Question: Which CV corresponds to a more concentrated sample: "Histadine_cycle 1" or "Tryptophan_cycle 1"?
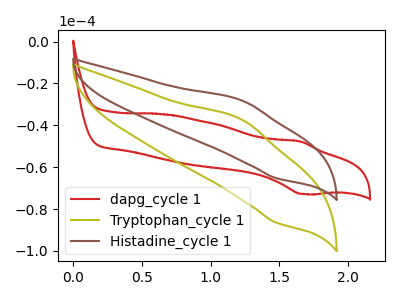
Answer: <think>The red curve "dapg_cycle 1" has an anodic peak at (1.65V, -47.65uA) and a cathodic peak at (1.65V, -72.80uA). The olive curve "Tryptophan_cycle 1" has an anodic peak at (1.25V, -37.40uA) and a cathodic peak at (1.50V, -86.45uA). The brown curve "Histadine_cycle 1" has an anodic peak at (1.25V, -28.20uA) and a cathodic peak at (1.50V, -65.25uA).
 All the peaks in "Histadine_cycle 1" have a peak in "Tryptophan_cycle 1" at the same potential.</think>
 <answer>I cant tell if "Histadine_cycle 1" or "Tryptophan_cycle 1" has higher concentration.</answer>
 <eval>mixed_concentration</eval>